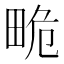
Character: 𤱯